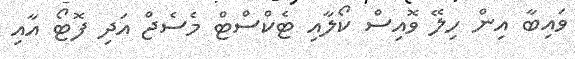
ވައިބާ އިން ހިލޭ ވޮއިސް ކޯލާއި ޓެކްސްޓް މެސެޖް އަދި ފޮޓޯ އާއި